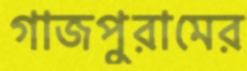
গাজপুরামের